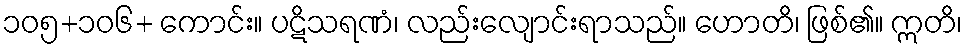
၁၀၅+၁၀၆+ ကောင်း။ ပဋိသရဏံ၊ လည်းလျောင်းရာသည်။ ဟောတိ၊ ဖြစ်၏။ ဣတိ၊